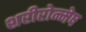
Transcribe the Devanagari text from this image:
शरीरोन्मेष